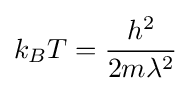
k_{B}T={\frac {h^{2}}{2m\lambda ^{2}}}